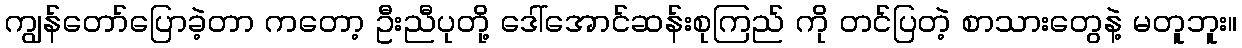
ကျွန်တော်ပြောခဲ့တာ ကတော့ ဦးညီပုတို့ ဒေါ်အောင်ဆန်းစုကြည် ကို တင်ပြတဲ့ စာသားတွေနဲ့ မတူဘူး။